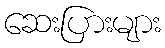
ဆေးပြားများ